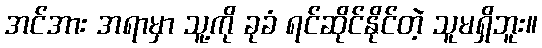
အင်အား အရာမှာ သူ့ကို ခုခံ ရင်ဆိုင်နိုင်တဲ့ သူမရှိဘူး။